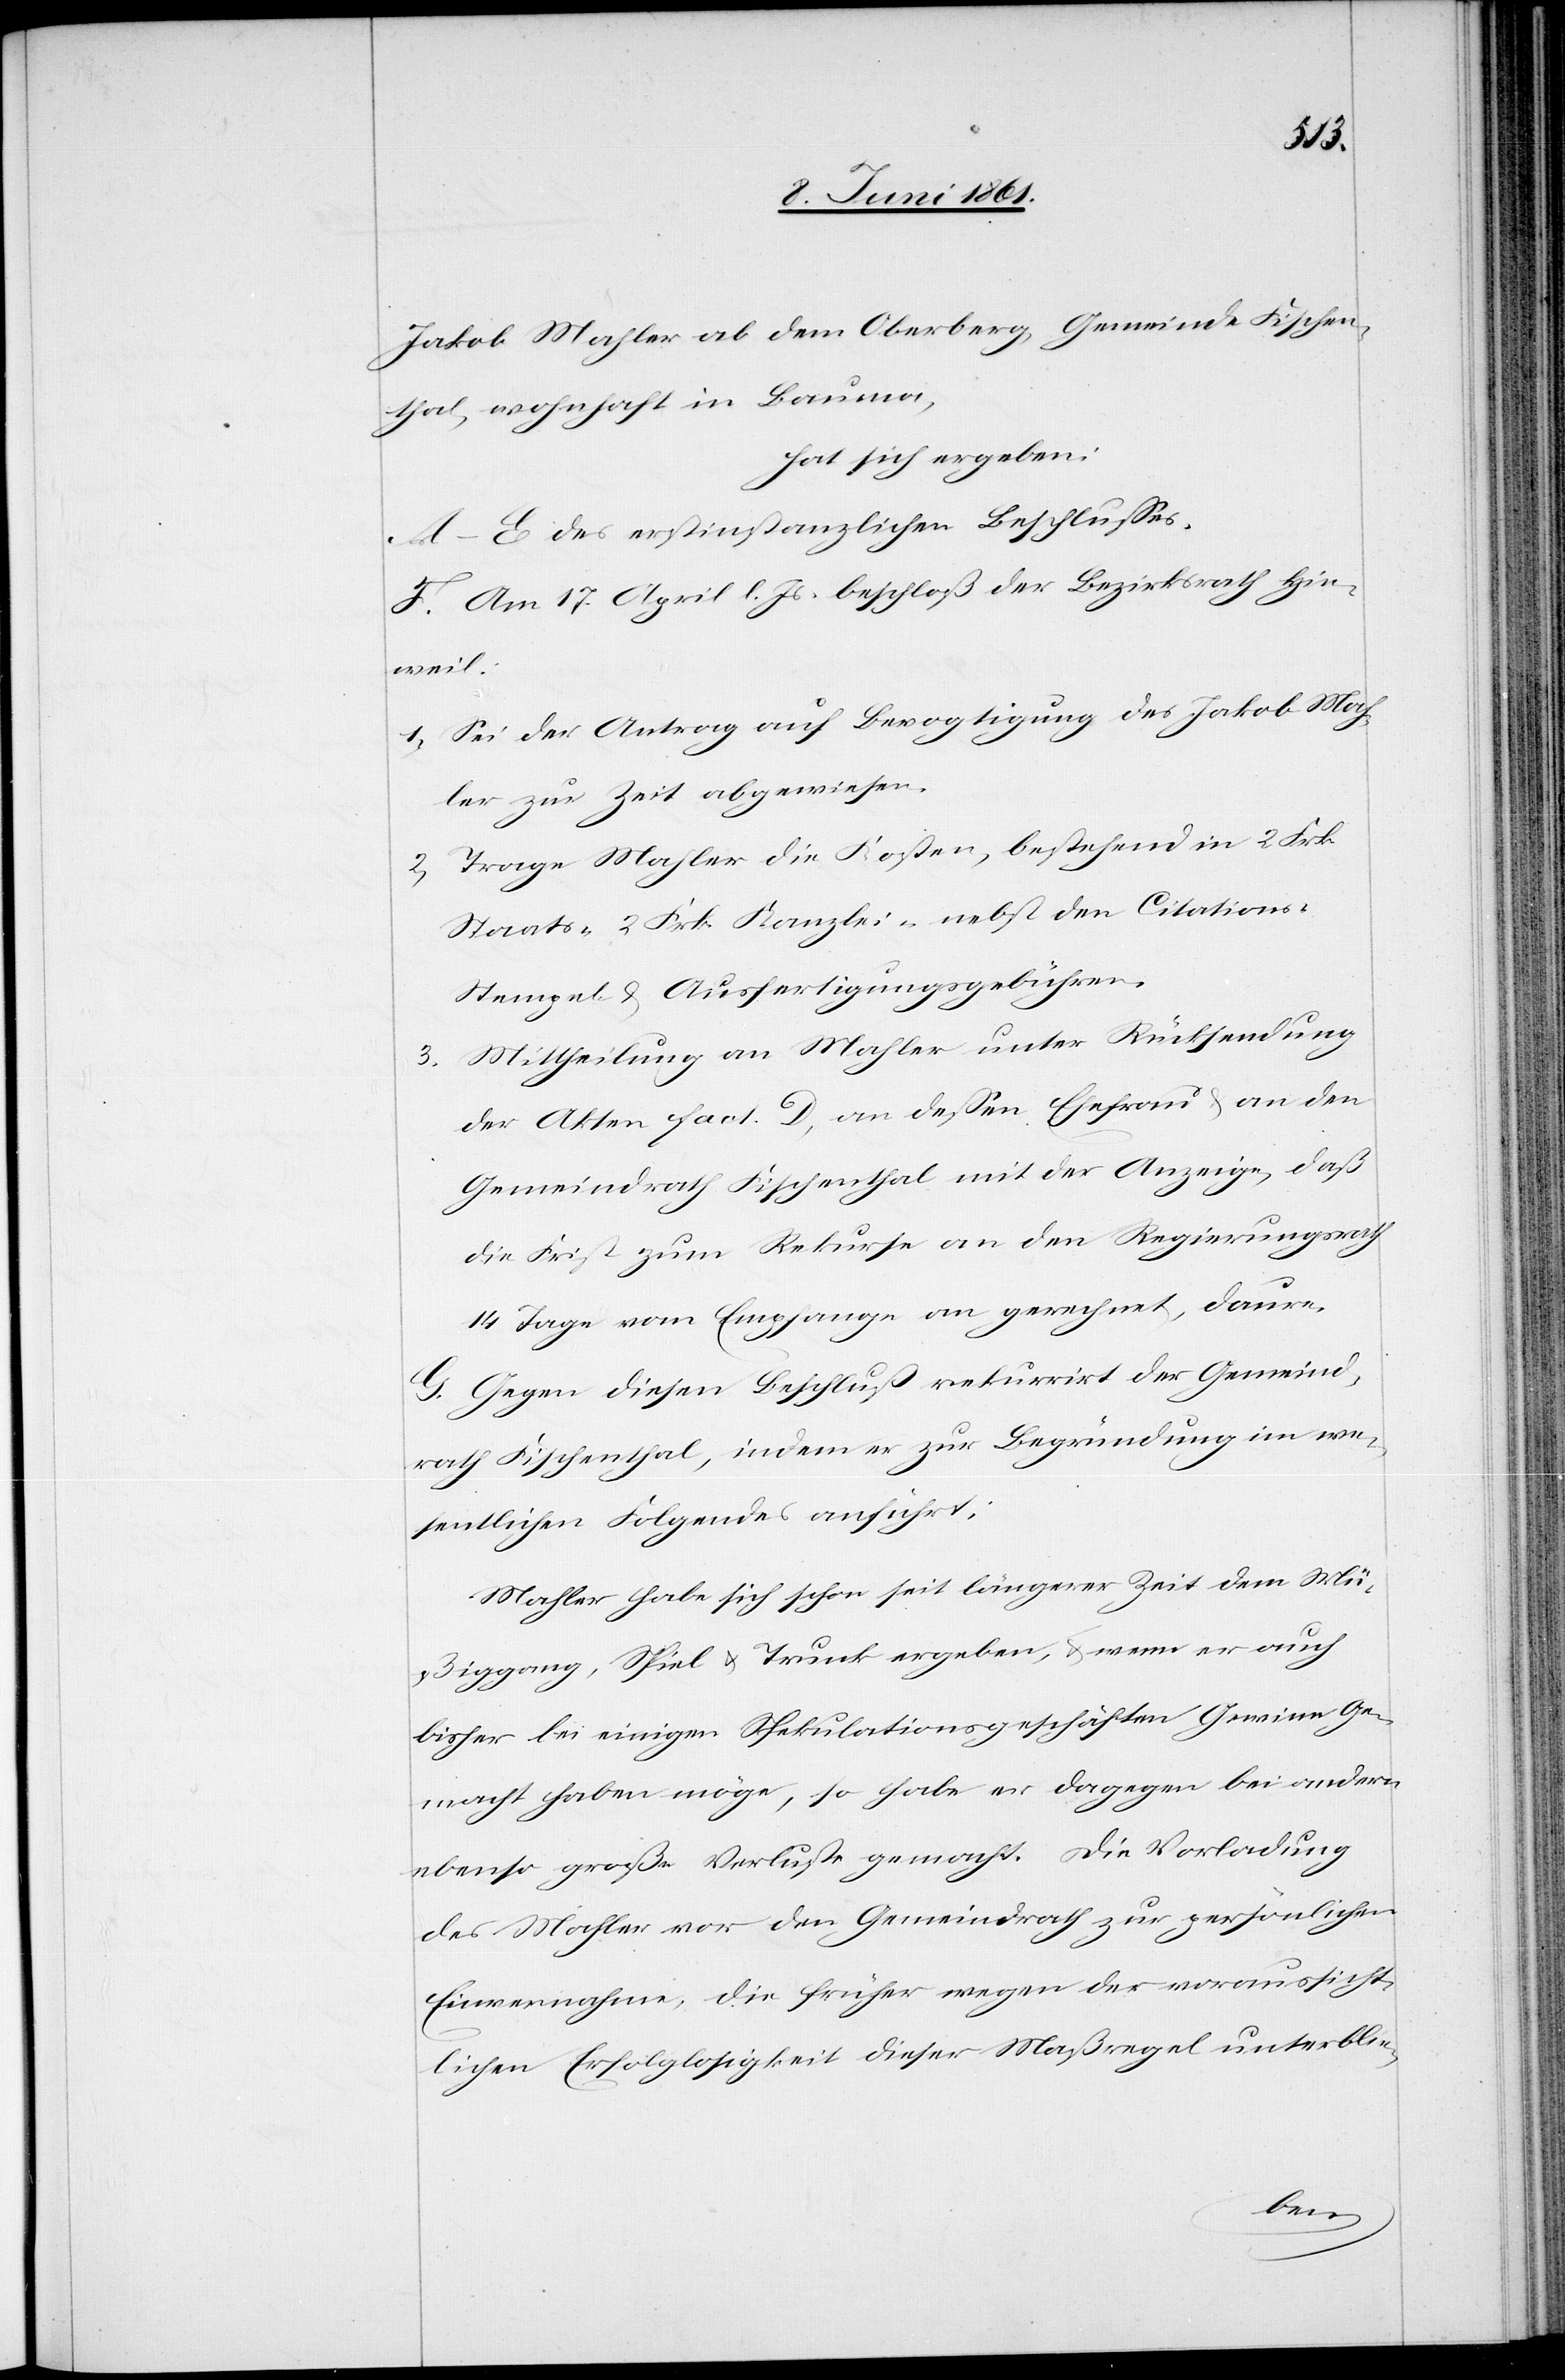
3.

Jakob Mahler ab dem Oberberg, Gemeinde Fischen¬
thal, wohnhaft in Bauma,
hat sich ergeben:
A–E. des erstinstanzlichen Beschlusses.
F. Am 17. April l. Js. beschloß der Bezirksrath Hin¬
weil:
1. Sei der Antrag auf Bevogtigung des Jakob Mah¬
ler zur Zeit abgewiesen.
Trage Mahler die Kosten, bestehend in 2 Frk.
2.
Staats-[,] 2 Frk. Kanzlei- nebst den Citations-[,]
Stempel- u. Ausfertigungsgebühren.
Mittheilung an Mahler unter Rücksendung
der Akten fact. D, an dessen Ehefrau u. an den
Gemeindrath Fischenthal mit der Anzeige, daß
die Frist zum Rekurse an den Regierungsrath
14 Tage vom Empfange an gerechnet, daure.
G. Gegen diesen Beschluß rekurrirt der Gemeind¬
rath Fischenthal, indem er zur Begründung im we¬
sentlichen Folgendes anführt:
Mahler habe sich schon seit längerer Zeit dem Mü¬
ßiggang, Spiel u. Trunk ergeben, u. wenn er auch
bisher bei einigen Spekulationsgeschäften Gewinn ge¬
macht haben möge, so habe er dagegen bei andern
ebenso große Verluste gemacht. Die Vorladung
des Mahler vor den Gemeindrath zur persönlichen
Einvernahme, die früher wegen der voraussicht¬
lichen Erfolglosigkeit dieser Maßregel unterblie-